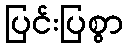
ပြင်းပြစွာ